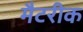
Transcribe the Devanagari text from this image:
मैटरीक